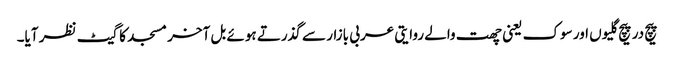
پیچ در پیچ گلیوں اور سوک یعنی چھت والے روایتی عربی بازار سے گذرتے ہوئے بل آخر مسجد کا گیٹ نظر آیا۔